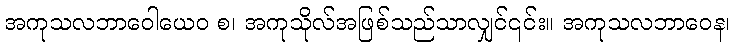
အကုသလဘာဝေါယေဝ စ၊ အကုသိုလ်အဖြစ်သည်သာလျှင်၎င်း။ အကုသလဘာဝေန၊